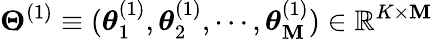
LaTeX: {\boldsymbol\Theta}^{(1)}\equiv({\boldsymbol\theta}_{1}^{(1)},{\boldsymbol\theta}_{2}^{(1)},\cdots,{\boldsymbol\theta}_{\mathbf{M}}^{(1)})\in\mathbb{{R}}^{K\times\mathbf{M}}